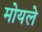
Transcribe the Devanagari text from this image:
मोयले